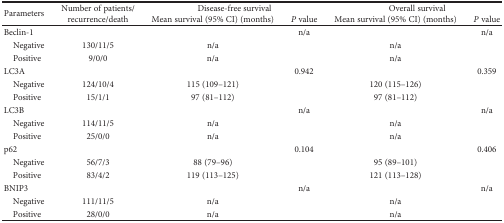
<table><thead><tr><td rowspan="2"><b>Parameters</b></td><td rowspan="2"><b>Number of patients/recurrence/death</b></td><td colspan="2"><b>Disease-free survival</b></td><td colspan="2"><b>Overall survival</b></td></tr><tr><td><b>Mean survival (95% CI) (months)</b></td><td><b><i>P</i> value</b></td><td><b>Mean survival (95% CI) (months)</b></td><td><b><i>P</i> value</b></td></tr></thead><tbody><tr><td>Beclin-1</td><td></td><td></td><td>n/a</td><td></td><td>n/a</td></tr><tr><td> Negative</td><td>130/11/5</td><td>n/a</td><td></td><td>n/a</td><td></td></tr><tr><td> Positive</td><td>9/0/0</td><td>n/a</td><td></td><td>n/a</td><td></td></tr><tr><td>LC3A</td><td></td><td></td><td>0.942</td><td></td><td>0.359</td></tr><tr><td> Negative</td><td>124/10/4</td><td>115 (109–121)</td><td></td><td>120 (115–126)</td><td></td></tr><tr><td> Positive</td><td>15/1/1</td><td>97 (81–112)</td><td></td><td>97 (81–112)</td><td></td></tr><tr><td>LC3B</td><td></td><td></td><td>n/a</td><td></td><td>n/a</td></tr><tr><td> Negative</td><td>114/11/5</td><td>n/a</td><td></td><td>n/a</td><td></td></tr><tr><td> Positive</td><td>25/0/0</td><td>n/a</td><td></td><td>n/a</td><td></td></tr><tr><td>p62</td><td></td><td></td><td>0.104</td><td></td><td>0.406</td></tr><tr><td> Negative</td><td>56/7/3</td><td>88 (79–96)</td><td></td><td>95 (89–101)</td><td></td></tr><tr><td> Positive</td><td>83/4/2</td><td>119 (113–125)</td><td></td><td>121 (113–128)</td><td></td></tr><tr><td>BNIP3</td><td></td><td></td><td>n/a</td><td></td><td>n/a</td></tr><tr><td> Negative</td><td>111/11/5</td><td>n/a</td><td></td><td>n/a</td><td></td></tr><tr><td> Positive</td><td>28/0/0</td><td>n/a</td><td></td><td>n/a</td><td></td></tr></tbody></table>